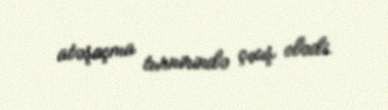
atəşaçma turnirində çıxış elədi.